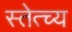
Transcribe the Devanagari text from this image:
स्तेत्च्य